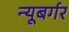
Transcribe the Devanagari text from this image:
न्यूबर्गर